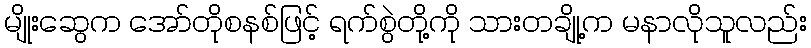
မျိုးဆွေက အော်တိုစနစ်ဖြင့် ရက်စွဲတို့ကို သားတချို့က မနာလိုသူလည်း